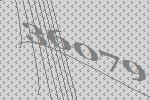
36079